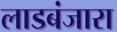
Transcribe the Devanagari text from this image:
लाडबंजारा